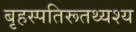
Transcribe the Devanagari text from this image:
बृहस्पतिरूतथ्यश्य